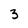
Character: 3